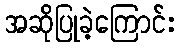
အဆိုပြုခဲ့ကြောင်း